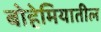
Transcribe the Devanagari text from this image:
बोहेमियातील